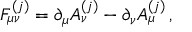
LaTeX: F _ { \mu \nu } ^ { ( j ) } = \partial _ { \mu } A _ { \nu } ^ { ( j ) } - \partial _ { \nu } A _ { \mu } ^ { ( j ) } \, ,